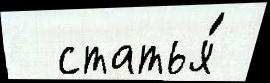
  статья́